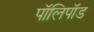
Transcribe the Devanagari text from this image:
पॉलिपॉड